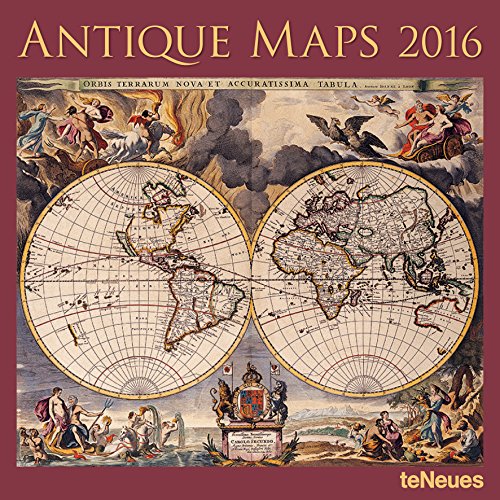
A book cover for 2016 Antique Maps Wall Calendar; teNeues Publishing; Calendars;